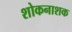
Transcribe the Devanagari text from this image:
शोकनाशक